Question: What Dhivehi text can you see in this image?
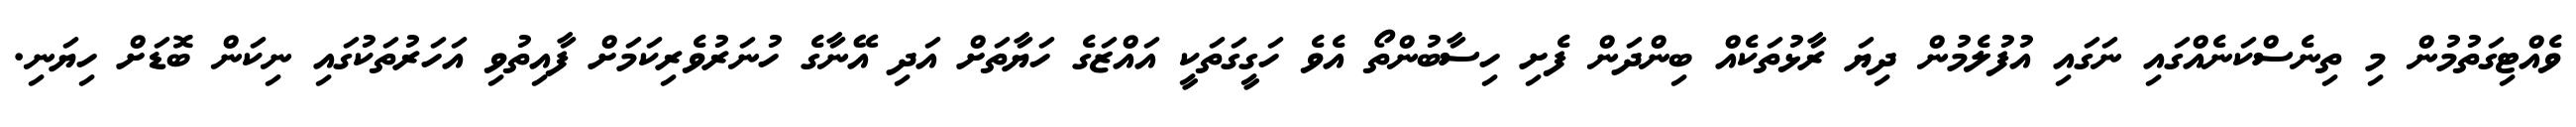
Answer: ވެއްޓިގަތުމުން މި ތިނެސްކަނެއްގައި ނަގައި އުފުލެމުން ދިޔަ ރާޅުތަކެއް ބިންދަން ފެށި ހިސާބުންތޯ އެވެ ހަގީގަތަކީ އައްޒަގެ ހަޔާތަށް އަދި އޭނާގެ ހުނަރުވެރިކަމަށް ފާއިތުވި އަހަރުތަކުގައި ނިކަން ބޮޑަށް ހިޔަނި.